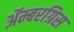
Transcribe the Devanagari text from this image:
ॲम्बरग्रिस